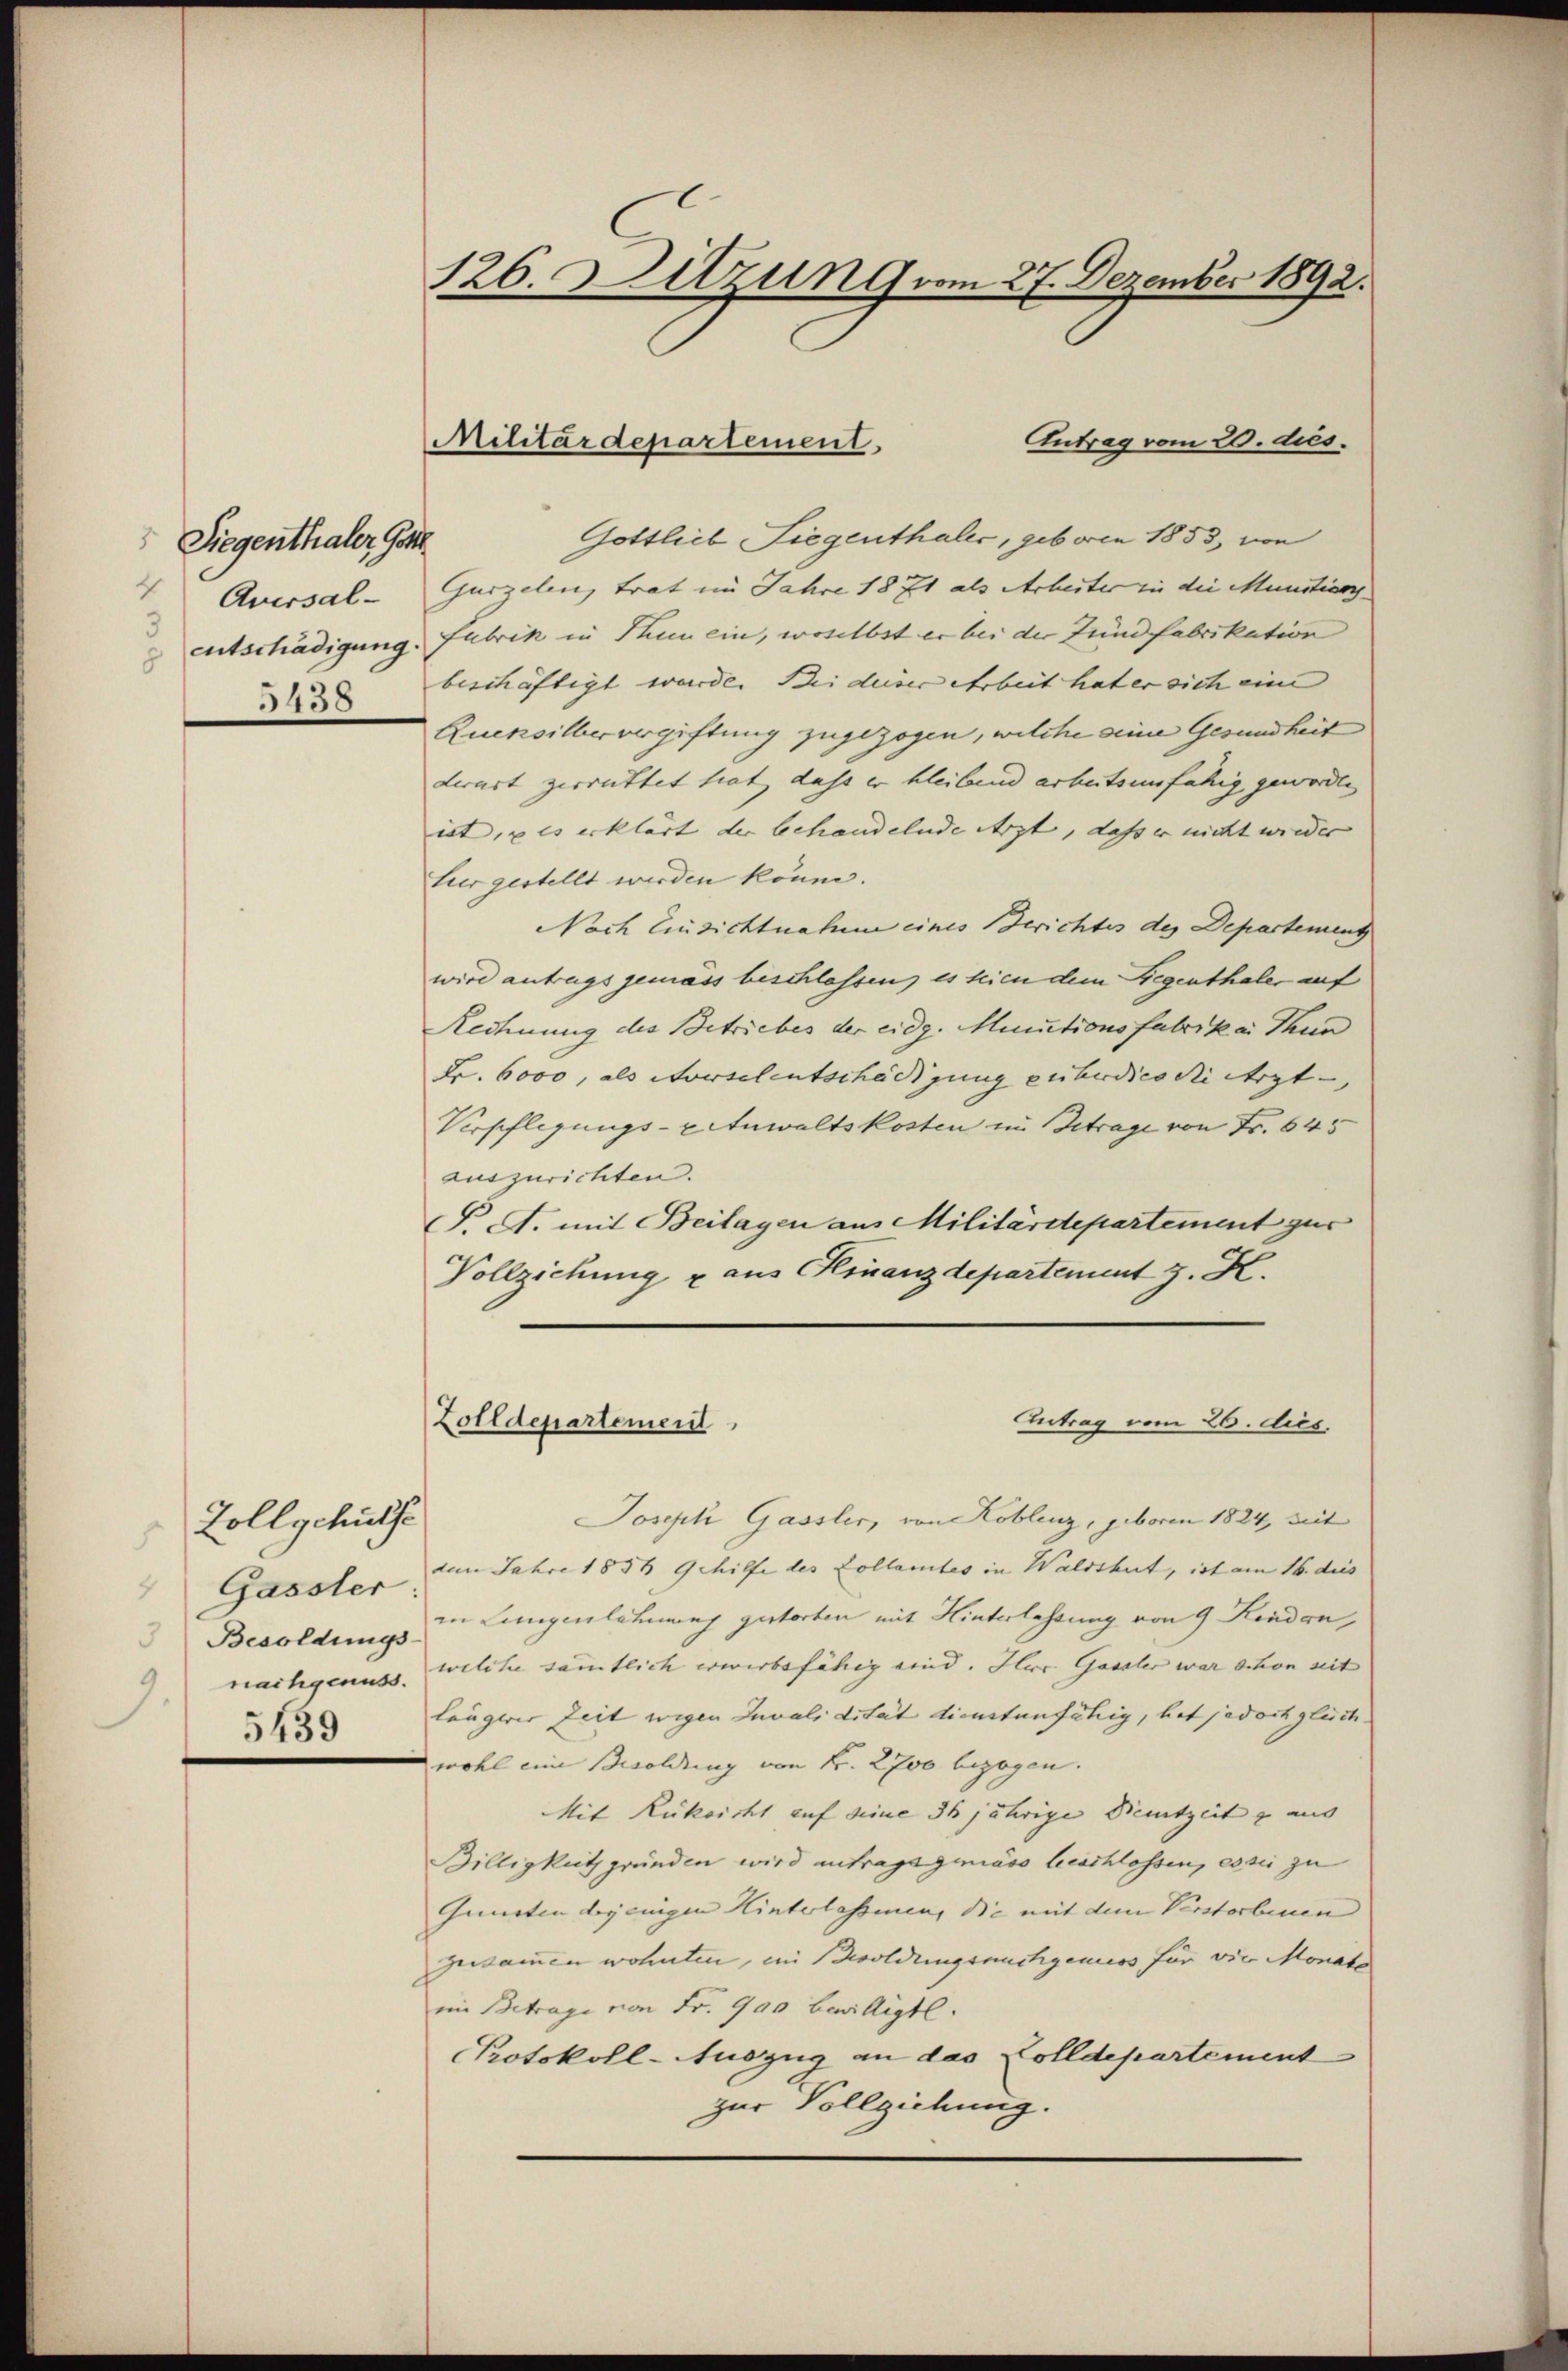
Siegenthaler Gatt
4
Aversal-
entschädigung.
5438

Zollgehülfe
Gasster
Besoldungs-
nachgenuss.
9.
5439

126. Sitzung vom 27. Dezember 1892.

Militärdepartement

Antrag vom 20. dies
Gottlieb Liegenthaler, geboren 1853, von
Gurzelen, trat im Jahre 1871 als Arbeiter in die Munitiver
fabrik in Thunein, woselbst er bei der Fundfabrikation
beschäftigt wurde. Bei deser Arbeit hat er sich eine |
Quensilber vergiftung zugezogen, welche seine Gesundheit
derart zerrüttet hat, dass er bleibend arbeitsunfähig geworden |
ist, u es erklärt der behandelnde Arzt, dass er nicht wieder
tier gestellt werden könne.
Nach Einsichtnahme eines Berichtes des Departemeng
wird antragsgemäss beschlossen, es seien dem Gegenthaler auf
Rechnung des Betriebes der eidg. Minutionsfabrika Thun
Fr. 6000, als verschentschädigung enterdies die ergt
Verpflegungs-Einwaltskosten im Betrage von Fr. 645
auszurichten.
C. A. mit Beilagen aus Militärdepartement zur
Vollziehung u aus Kinanzdepartement z. K.
Antrag vom 26. dies
Zolldepartement
Joseph Gassler, von Koblenz, geboren 1824, mit
dem Jahre 1856 Gehilfe des Collamtes in Waldshut, ist am 16. dies
in Lungenlehnung gestorben mit Hinterlassung von 9 Kinden,
welche sämmtlich erwerbsfähig sind. Herr Gassler war schon mit
längerer Zeit wegen Invalidität dienstenfähig, hat jedoch gleich- |
wohl eine Besoldung von Fr. 2700 bezogen.
Mit Rüksicht auf seine 36 jährige Dienstzeit u aus
Billigkeit gründen wird antragsgemäss beschlossen, es sie zu
Gunsten derjenigen Hinterlassenen, die mit dem Verstorbenen
zusammen wohnten, im Besoldungsnachgemess für vier Monate
im Betrage von Fr. 900 bewilligte.
Protokoll-Auszug an das Colldepartement
zur Vollziehung.